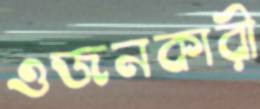
ওজনকারী